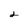
Character: 2